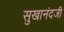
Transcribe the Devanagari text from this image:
सुखानंदजी